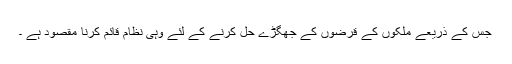
جس کے ذریعے ملکوں کے قرضوں کے جھگڑے حل کرنے کے لئے وُہی نظام قائم کرنا مقصود ہے ۔